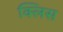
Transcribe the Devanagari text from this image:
क्लिस